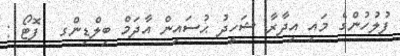
ފުލުހުންގެ މައި އިދާރާ ޝަހީދު ޙުސައިން އާދަމް ބިލްޑިންގ  ފޮޓޯ :